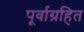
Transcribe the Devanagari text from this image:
पूर्वाग्रहित